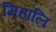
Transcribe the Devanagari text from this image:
मिहालि